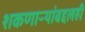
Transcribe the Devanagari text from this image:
शकणाऱ्यांबद्दलही